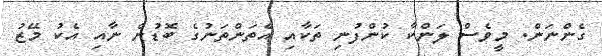
ގެންނަން. މީވެސް ލަންކާ ކުންފުނި ތަކާއި އެތަންތަނުގެ ބޮޑުން ނާއި އެކު މޭޒު